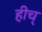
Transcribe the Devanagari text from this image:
हीच्